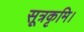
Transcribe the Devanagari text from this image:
सूत्रकृमि।